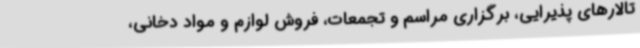
تالارهای پذیرایی، برگزاری مراسم و تجمعات، فروش لوازم و مواد دخانی،